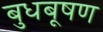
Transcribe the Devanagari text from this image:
बुधबूषण